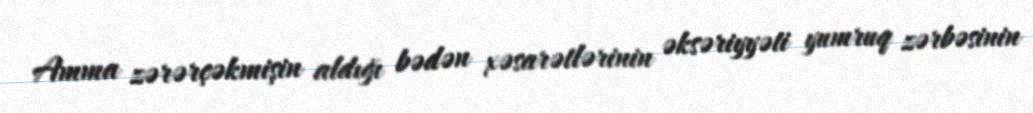
Amma zərərçəkmişin aldığı bədən xəsarətlərinin əksəriyyəti yumruq zərbəsinin